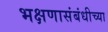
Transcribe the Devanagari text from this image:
भक्षणासंबंधीच्या